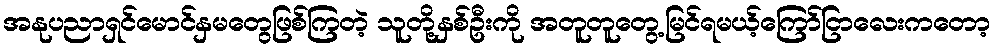
အနုပညာရှင်မောင်နှမတွေဖြစ်ကြတဲ့ သူတို့နှစ်ဦးကို အတူတူတွေ့မြင်ရမယ့်ကြော်ငြာလေးကတော့